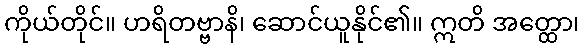
ကိုယ်တိုင်။ ဟရိတဗ္ဗာနိ၊ ဆောင်ယူနိုင်၏။ ဣတိ အတ္ထော၊